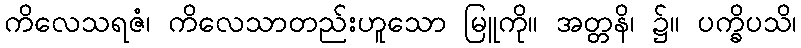
ကိလေသရဇံ၊ ကိလေသာတည်းဟူသော မြူကို။ အတ္တနိ၊ ၌။ ပက္ခိပသိ၊